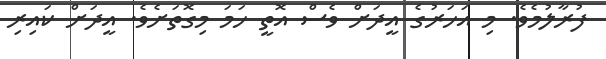
ފުރާލުމެވެ. މި އަހަރުގެ އީދަށް ވެސް އޮތީ ހަމަ މިގޮތަށެވެ. އީދަށް ކައިރި